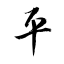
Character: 平